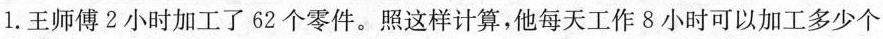
1.王师傅2小时加工了62个零件。照这样计算，他每天工作8小时可以加工多少个